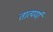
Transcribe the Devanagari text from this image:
तात्पर्या